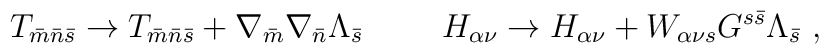
T_{{\bar m}{\bar n}{\bar s}}\rightarrow T_{{\bar m}{\bar n}{\bar s}}+\nabla_{\bar m}\nabla_{\bar n}\Lambda_{\bar s} \hskip 1cmH_{\alpha\nu}\rightarrow H_{\alpha\nu} +W_{\alpha\nu s}G^{s{\bar s}}\Lambda_{\bar s} \ ,